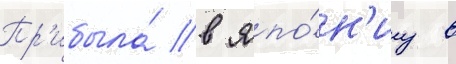
Пр'ибыла́ в япо́н'иу в